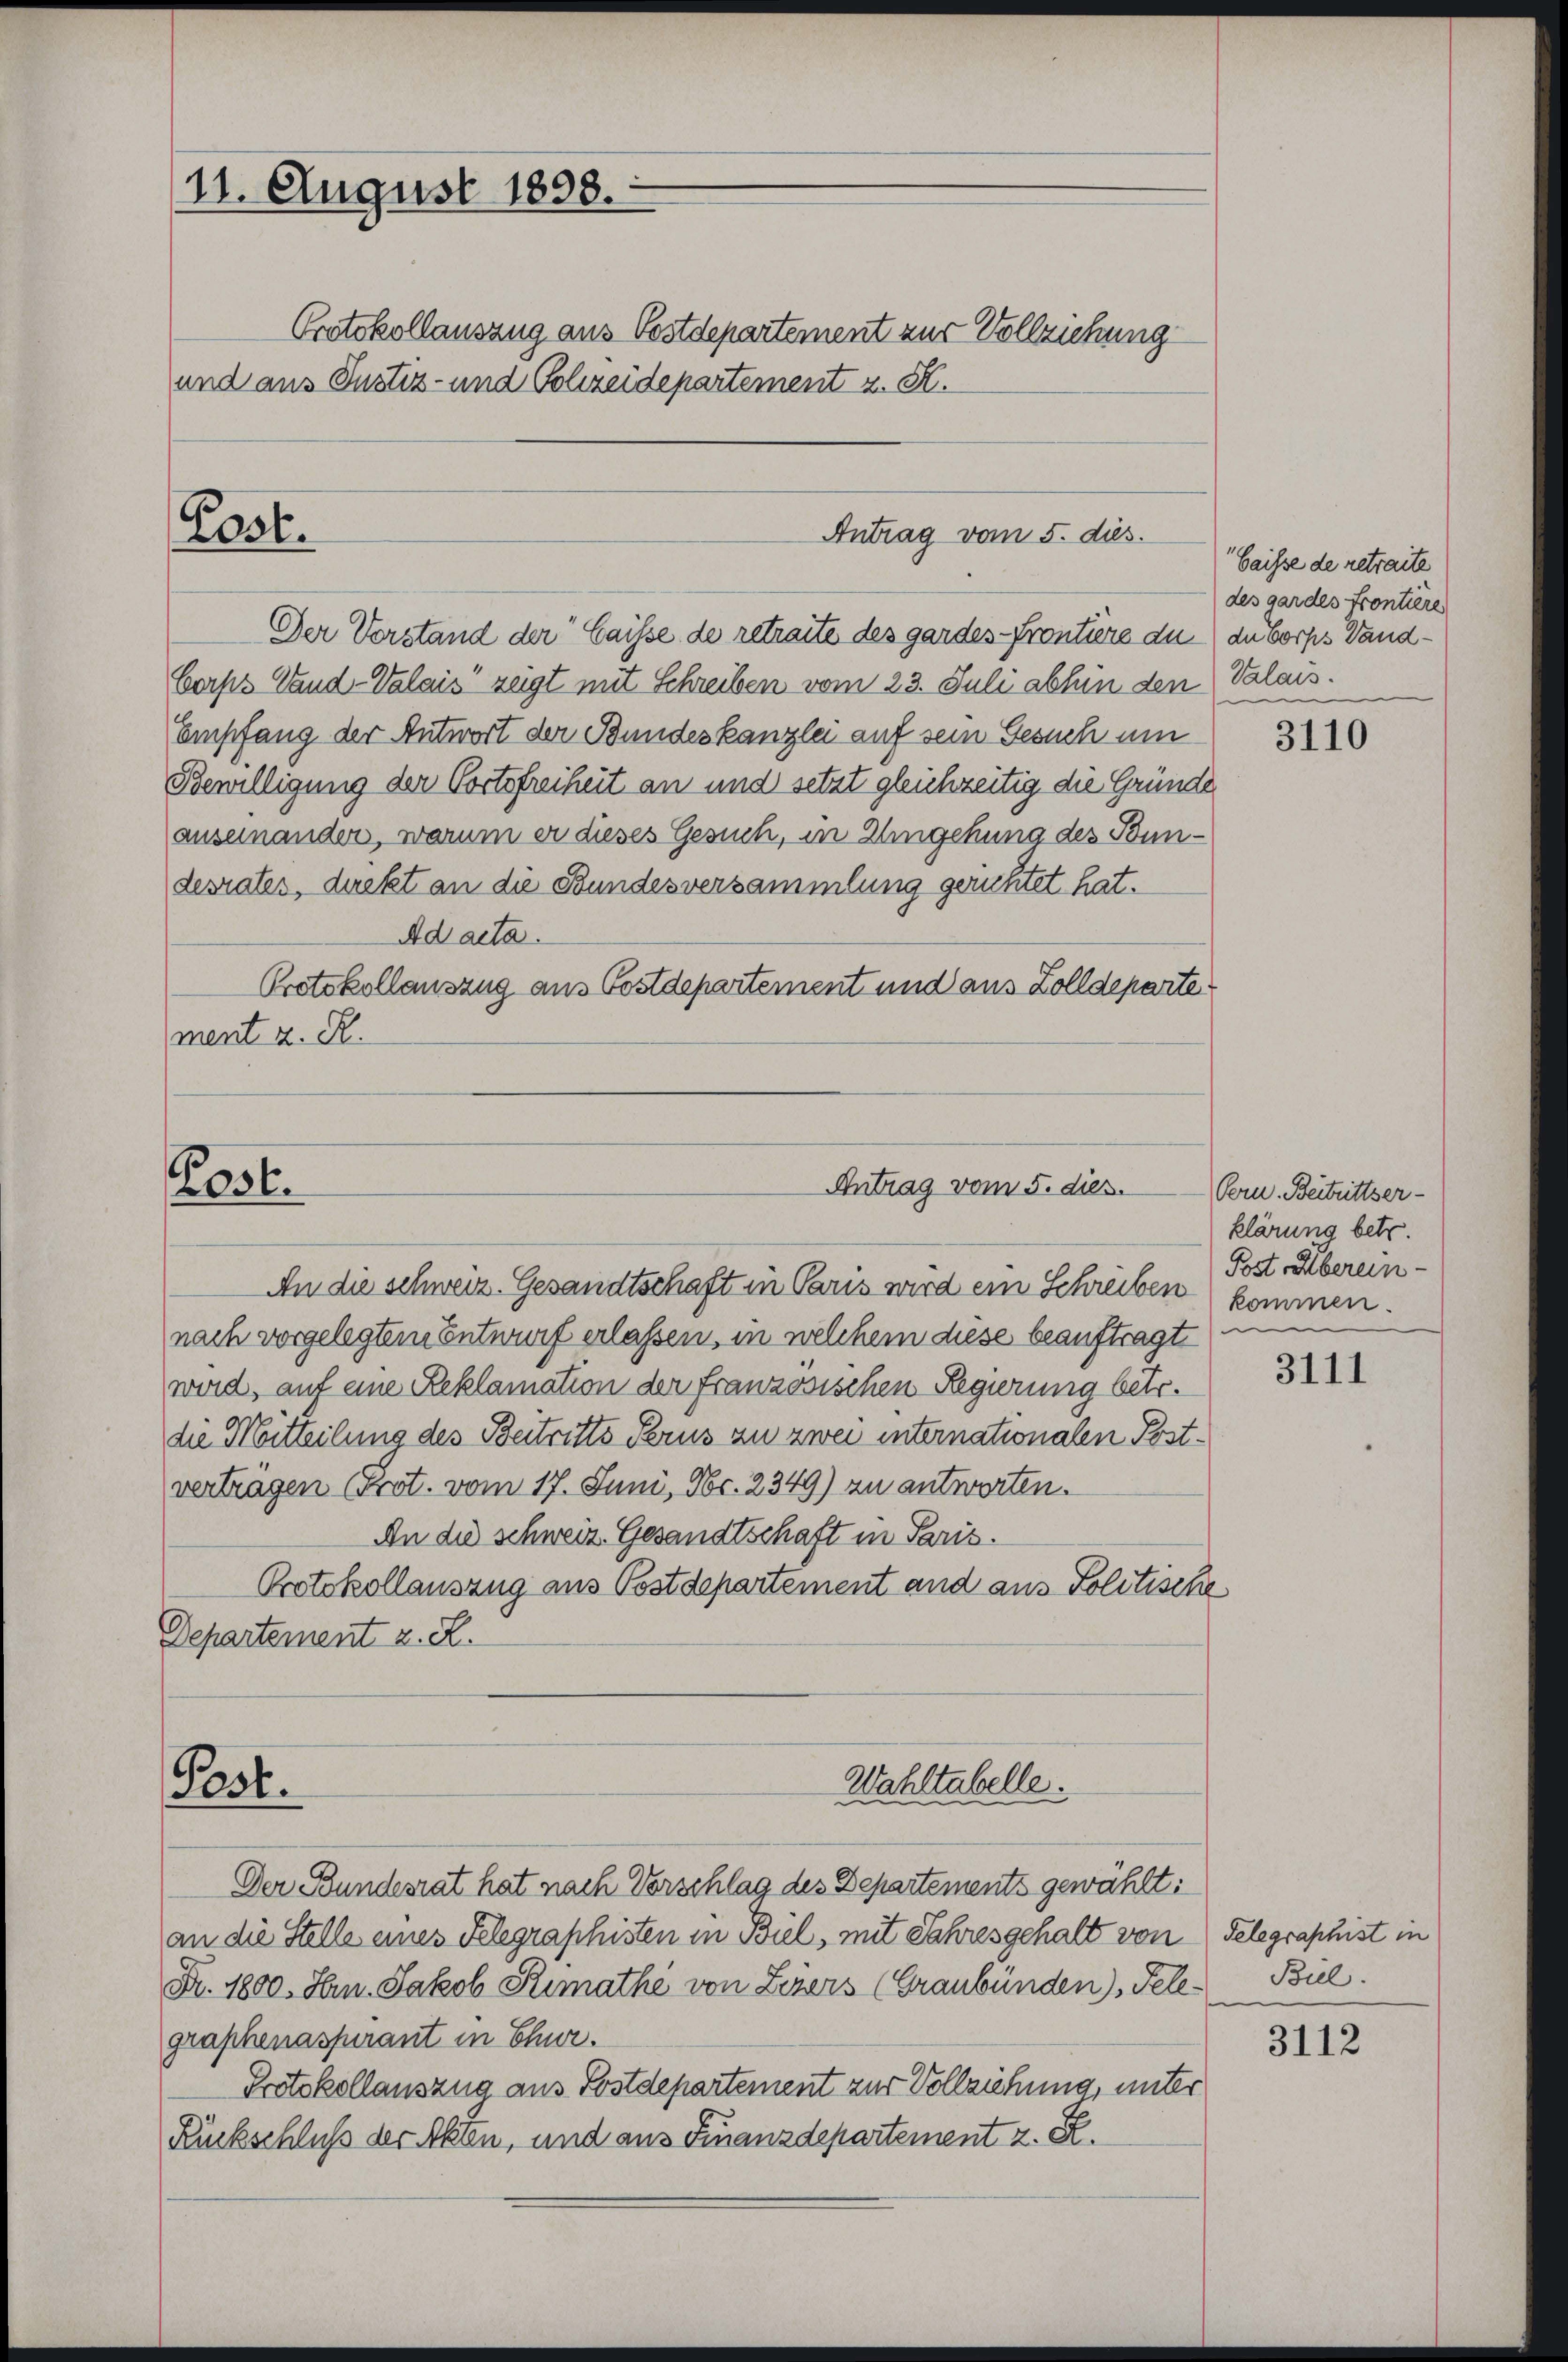
11. August 1898.

und aus Justiz- und Polizeidepartement z. S.

Post.

K036.

Post.

Protokollauszug aus Postdepartement zur Vollziehung

Der Vorstand der Caisse de retraite des gardes Frontiere du du borps Vandberste Vand-Valais zeigt mit Schreiben vom 23. Juli abhin den Valais.
Empfang der Antwort der Bundeskanzlei auf sein Gesuch um
Bewilligung der Portsfreiheit an und setzt gleichzeitig die Gründe
auseinander, warum er dieses Gesuch, in Umgehung des Bundesrates, direkt an die Bundesversammlung gerichtet hat.
Ad acta.
Protokollauszug aus Postdepartement und aus Zolldeparte
ment z. R.

Antrag vom 5. dies.

Antrag vom 5. dies
An die schweiz. Gesandtschaft in Paris wird ein Schreiben

nach vorgelegtem Entwurf erlassen, in welchem diese beauftragt
wird, auf eine Reklamation der französischen Regierung betr.
die Mitteilung des Beitritts Perus zu zwei internationalen Postverträgen Prot. vom 17. Juni, Nr. 2349) zu antworten.
An die schweiz. Gesandtschaft in Paris.
Protokollauszug aus Postdepartement und aus Politische
Departement z. R.

Wahltabelle.

Der Bundesrat hat nach Vorschlag des Departements gewählt:
an die Stelle eines Telegraphisten in Biel, mit Jahresgehalt von
Nr. 1800. Hrn. Jakob Rimathe von Zizers (Graubünden), Tele-Bul.
graphenaspirant in Chur.
Protokollauszug aus Postdepartement zur Vollziehung, unter
Ruckschluß der Akten, und aus Finanzdepartement z. B.

Caisse de retraite
des gardes Kontiere

3110

Pern. Beitrittser-
klärung betr.
Post Überein-
kommen.
e

3111

Telegraphist in

3112